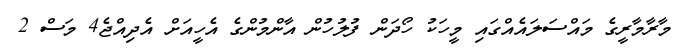
މާރާމާރީގެ މައްސަލައެއްގައި މީހަކު ހޯދަން ފުލުހުން އާންމުންގެ އެހީއަށް އެދިއްޖެ4 މަސް 2